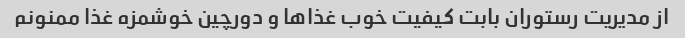
از مدیریت رستوران بابت کیفیت خوب غذاها و دورچین خوشمزه غذا ممنونم